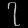
Digit: ၇